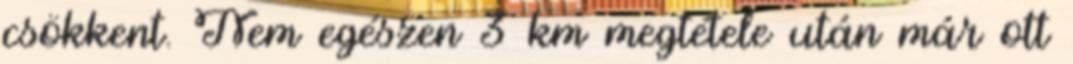
csökkent. Nem egészen 3 km megtétele után már ott